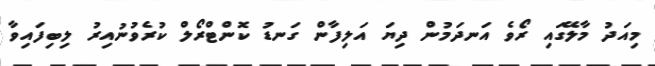
މިއަދު މާލޭގައި ރޯވެ އަނދަމުން ދިޔަ އަލިފާން ގަނޑު ކޮންޓްރޯލް ކުރެވުނުއިރު ލިބިފައިވާ